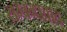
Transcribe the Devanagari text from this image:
सम्बन्धवाद